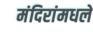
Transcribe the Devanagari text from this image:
मंदिरांमधले